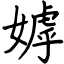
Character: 嫭